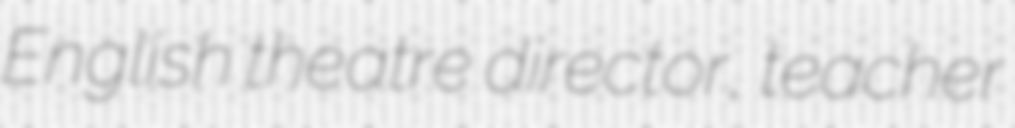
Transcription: English theatre director, teacher